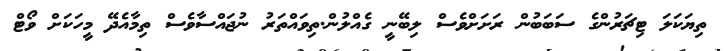
ތިޔަކަލަ ޓިޗަރުންގެ ސަބަބުން ރަށަށްވެސް ލިބޭނީ ގެއްލުން.ތިވައްތަރު ނުޖައްސާވެސް ތިމާއެދޭ މީހަކަށް ވޯޓް